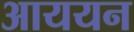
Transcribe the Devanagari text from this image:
आययन